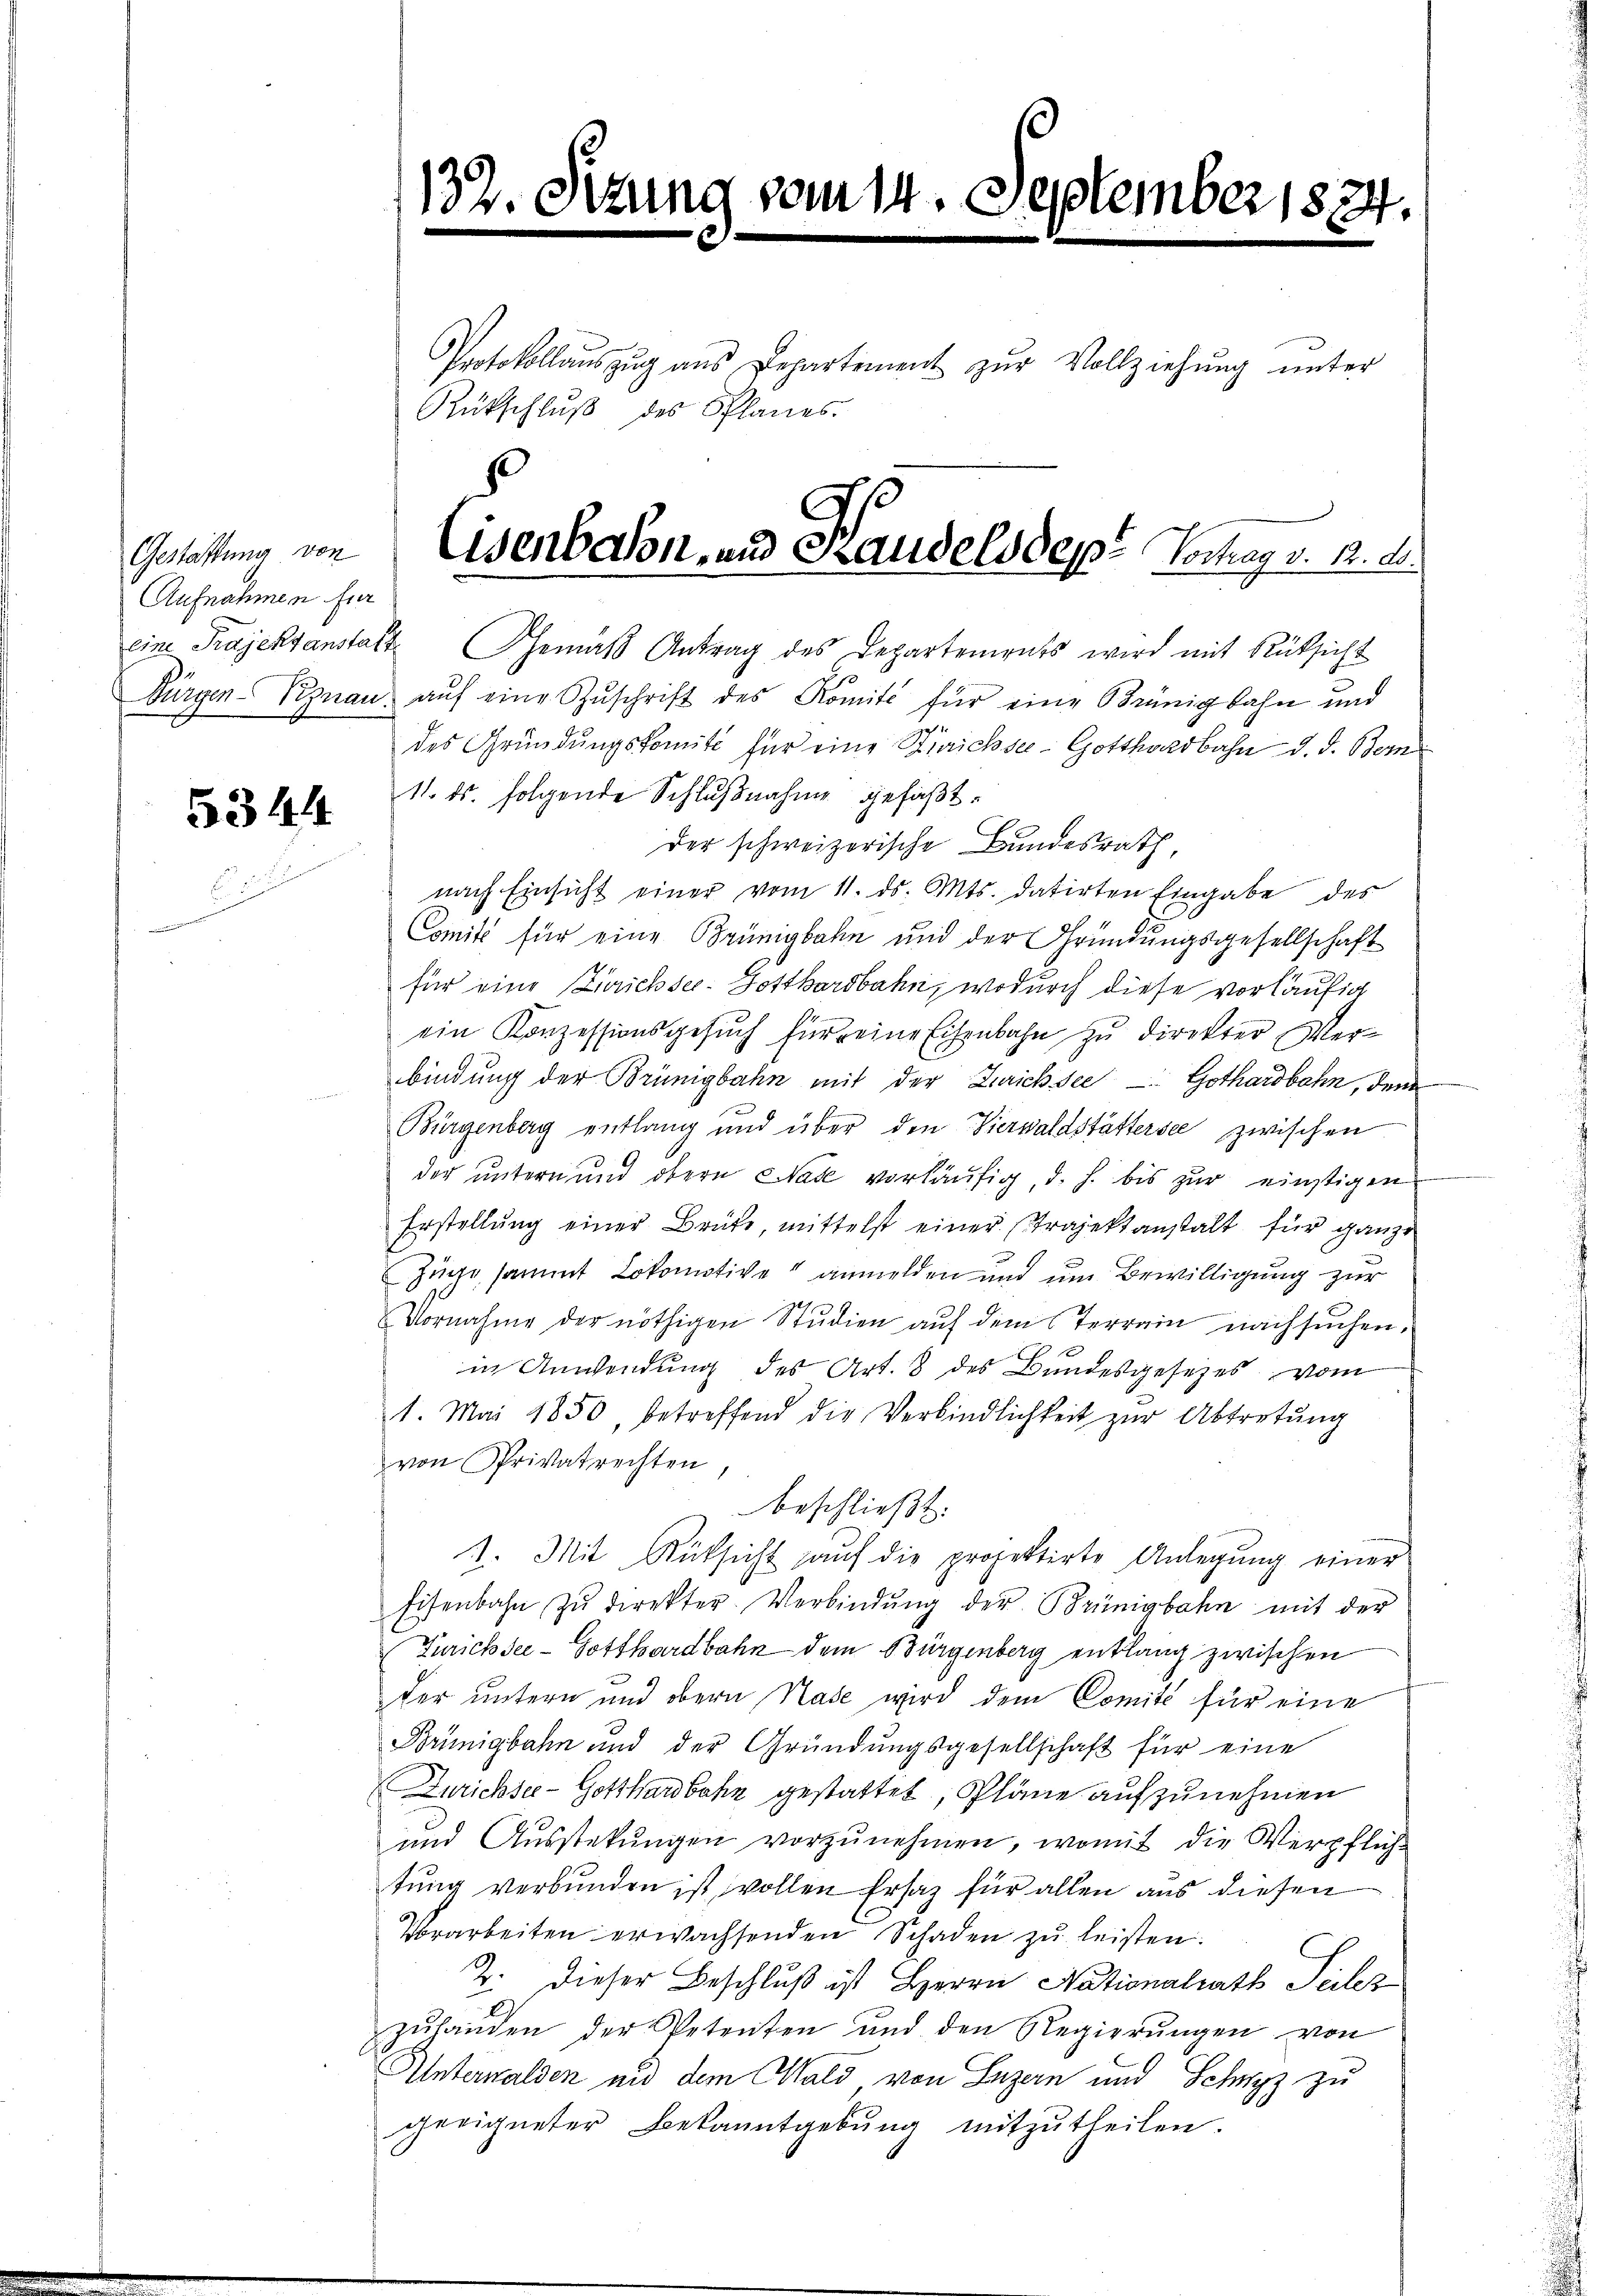
Gestattung von
Aufnahmen für

5344

132.

Protokollaŭszŭg aŭs Departement zŭr Vollziehŭng ŭnter
Rütschlŭβ des Planes.

vom 14. September 1874.

eine Prajeksanstalt emaβ Antrag des Departements wird mit Rücksicht
Bürgen-Kynau aŭf eine Zŭschrift des Komite für eine Brünigbahn und
des Gründungskomit für eine Hinrichsee - Gotthardbahn d. d. Bern
11. ds. folgende Schlußnahme gefaßt.
der schweizerische Bundesrath,
nach Einsicht einer vom 11. ds. Mts. datirten Eingabe des
Comité für eine Brünigbahn und der Gründungsgesellschaft
für eine Zürichsee. Gotthardbahn, wodurch diese vorläufig
ein Konzessionsgesuch für eine Eisenbahn zu direkter Verbindung der Brünigbahn mit der Zurichsee - Gothardbahn, dem
Bürgenberg entlang und über den Vierwaldstättersee zwischen
der untern und obern Nase vorläufig, d. h. bis zur einstigen
Erstellŭng einer Brüte, mittelst einer Projekt anstalt für ganze
Züge sammt Lokomotive“ anmelden und um Bewilligung zur
Vornahme der nöthigen Studien aŭf dem Terrain nachsuchen.
in Anwendung des Art. 8 des Bundesgesezes vom
1. Mai 1850, betreffend die Verbindlichkeit zŭr Abtretŭng
von Privatrechten,
beschließt:
1. Mit Rücksicht auf die projektirte Anlegung einer
Eisenbahn zŭ direkter Verbindŭng der Brünigbahn mit der
Zürichsee - Gotthardbahn dem Bürgenberg entlang zwischen
der untern und obern Nase wird dem Comité für eine
Brünigbahn und der Gründungsgesellschaft für eine
Zurichsee-Gotthardbahn gestattet, Pläne aufzunehmen
und Ausstekungen vorzŭnehmen, womit die Verpflich-
tung verbunden ist, vollen Ersatz für allen aus diesen
Vorarbeiten erwachsenden Schaden zŭ leisten.
2. Dieser Beschluß ist Herrn Nationalrath Teilez
zŭhanden der Petenten und den Regierŭngen von
Unterwalden und dem Wald, von Luzern und Schwyz zu
geeigneter Bekanntgebŭng mitzŭtheilen.

Eisenbalon, und Handelsdept Vortrag v. M. D.